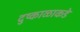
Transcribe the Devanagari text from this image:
दुष्काळाकडे